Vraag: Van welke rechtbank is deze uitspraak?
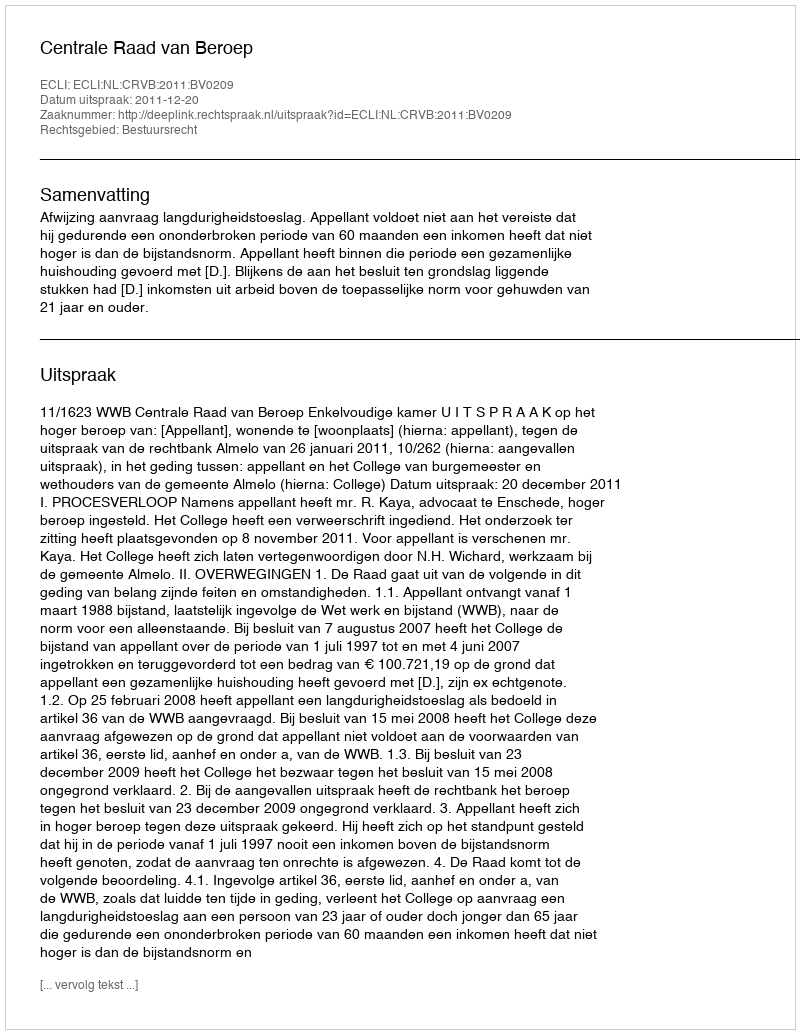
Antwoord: Centrale Raad van Beroep